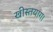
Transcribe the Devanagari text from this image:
खीस्तयाग।